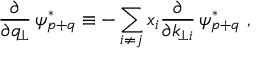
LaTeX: \frac { \partial } { \partial q _ { \! \perp } } \, \psi _ { p + q } ^ { * } \equiv - \sum _ { i \ne j } x _ { i } \frac { \partial } { \partial k _ { \! \perp i } } \, \psi _ { p + q } ^ { * } \ ,